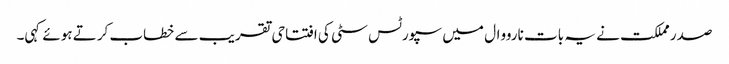
صدر مملکت نے یہ بات نارووال میں سپورٹس سٹی کی افتتاحی تقریب سے خطاب کرتے ہوئے کہی۔